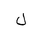
Letter: _lam